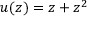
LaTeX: u ( z ) = z + z ^ { 2 }